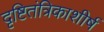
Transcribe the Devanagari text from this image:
दृष्टितंत्रिकाशीर्ष